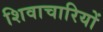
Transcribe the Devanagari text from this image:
शिवाचारियों